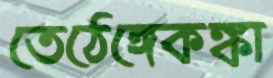
তেঠেঙ্গেকঙ্কা